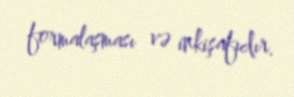
formalaşması və inkişafıdır.